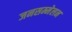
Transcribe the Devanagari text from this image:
जनसम्मेलन